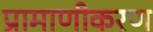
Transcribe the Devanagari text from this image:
प्रामाणीकरण